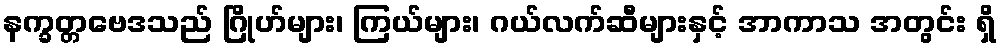
နက္ခတ္တဗေဒသည် ဂြိုဟ်များ၊ ကြယ်များ၊ ဂယ်လက်ဆီများနှင့် အာကာသ အတွင်း ရှိ